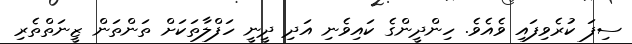
ސިފަ ކުރެވިފައި ވެއެވެ. ހިންދީންގެ ކައިވެނި އަދި ދީނީ ހަފްލާތަކަށް ތަންތަން ޒީނަތްތެރި